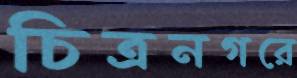
চিত্রনগরে